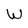
Character: W